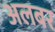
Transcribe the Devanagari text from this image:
अलबर